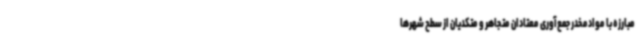
مبارزه با موادمخدر جمع‌آوری معتادان متجاهر و متکدیان از سطح شهرها